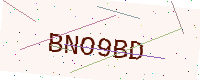
Text: BNO9BD